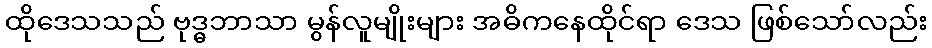
ထိုဒေသသည် ဗုဒ္ဓဘာသာ မွန်လူမျိုးများ အဓိကနေထိုင်ရာ ဒေသ ဖြစ်သော်လည်း